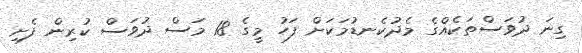
ގިނަ ދުވަސްތަކެއްގެ މެދުކެނޑުމަކަށް ފަހު މީގެ 18 މަސް ދުވަސް ކުރިން ފެށި